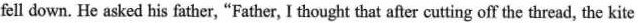
fell down. He asked his father, "Father, I thought that after cutting off the thread, the kite